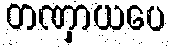
တဏှာယပေ